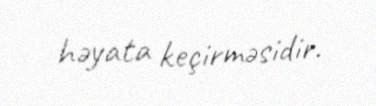
həyata keçirməsidir.